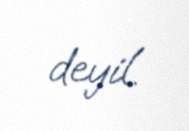
deyil.